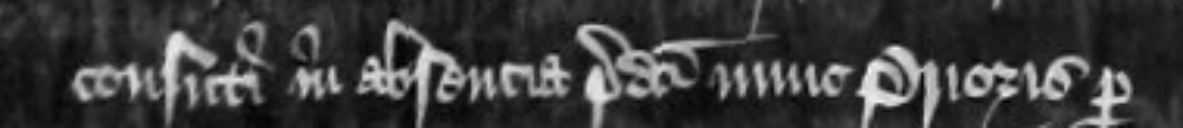
consuti in absencia predicti nunc Prioris per